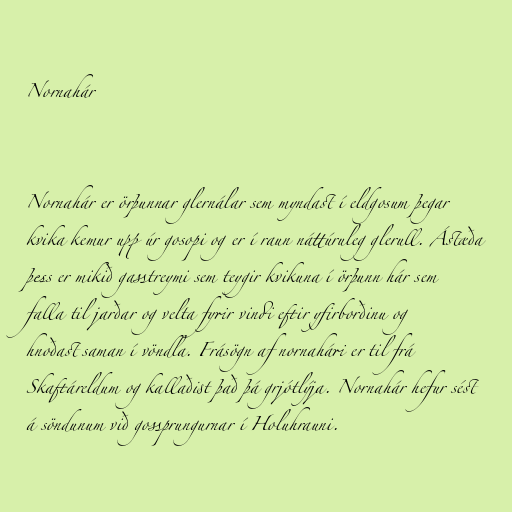
Nornahár

Nornahár er örþunnar glernálar sem myndast í eldgosum þegar
kvika kemur upp úr gosopi og er í raun náttúruleg glerull. Ástæða
þess er mikið gasstreymi sem teygir kvikuna í örþunn hár sem
falla til jarðar og velta fyrir vindi eftir yfirborðinu og
hnoðast saman í vöndla. Frásögn af nornahári er til frá
Skaftáreldum og kallaðist það þá grjótlýja. Nornahár hefur sést
á söndunum við gossprungurnar í Holuhrauni.